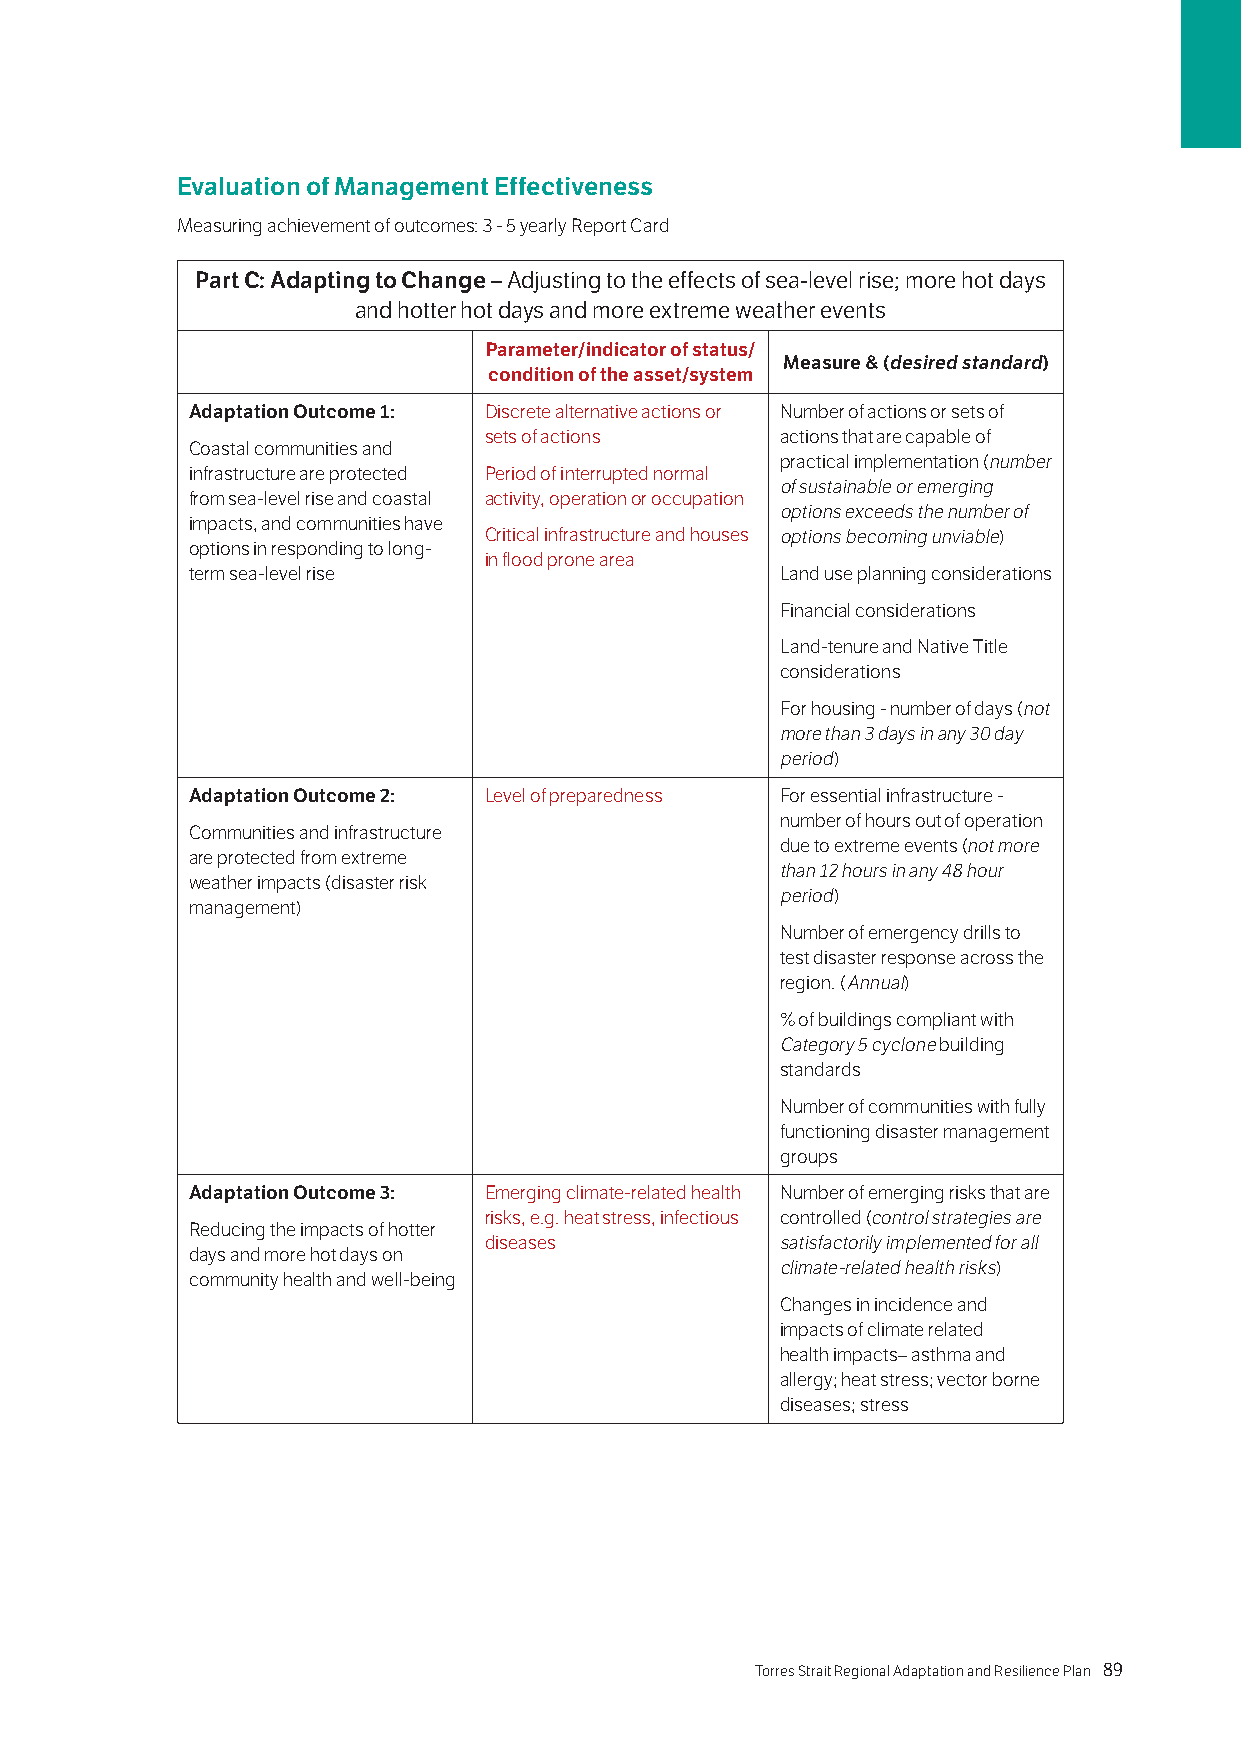
Evaluation of Management Effectiveness
 Measuring achievement of outcomes: 3 - 5 yearly Report Card
 Part C: Adapting to Change – Adjusting to the effects of sea-level rise; more hot days
 and hotter hot days and more extreme weather events
 Parameter/indicator of status/
 Measure & (desired standard)
 condition of the asset/system
 Adaptation Outcome 1: Discrete alternative actions or Number of actions or sets of
 sets of actions     actions that are capable of
 Coastal communities and
 practical implementation (number
 infrastructure are protected Period of interrupted normal
 of sustainable or emerging
 from sea-level rise and coastal activity, operation or occupation
 options exceeds the number of
 impacts, and communities have
 Critical infrastructure and houses options becoming unviable)
 options in responding to long-
 in flood prone area
 term sea-level rise                    Land use planning considerations
 Financial considerations
 Land-tenure and Native Title
 considerations
 For housing - number of days (not
 more than 3 days in any 30 day
 period)
 Adaptation Outcome 2: Level of preparedness For essential infrastructure -
 number of hours out of operation
 Communities and infrastructure
 due to extreme events (not more
 are protected from extreme
 than 12 hours in any 48 hour
 weather impacts (disaster risk
 period)
 management)
 Number of emergency drills to
 test disaster response across the
 region. (Annual)
 % of buildings compliant with
 Category 5 cyclone building
 standards
 Number of communities with fully
 functioning disaster management
 groups
 Adaptation Outcome 3: Emerging climate-related health Number of emerging risks that are
 risks, e.g. heat stress, infectious controlled (control strategies are
 Reducing the impacts of hotter
 diseases            satisfactorily implemented for all
 days and more hot days on
 climate-related health risks)
 community health and well-being
 Changes in incidence and
 impacts of climate related
 health impacts– asthma and
 allergy; heat stress; vector borne
 diseases; stress
 88 Torres Strait Regional Adaptation and Resilience Plan Torres Strait Regional Adaptation and Resilience Plan 89